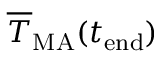
\overline { { T } } _ { \mathrm { M A } } ( t _ { \mathrm { e n d } } )